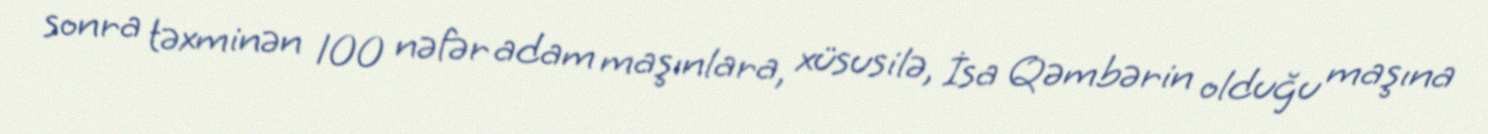
sonra təxminən 100 nəfər adam maşınlara, xüsusilə, İsa Qəmbərin olduğu maşına